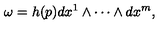
\omega = h ( p ) d x ^ { 1 } \wedge \cdots \wedge d x ^ { m } ,